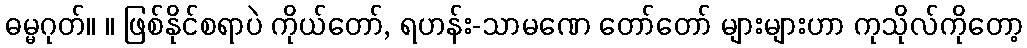
ဓမ္မဂုတ်။ ။ ဖြစ်နိုင်စရာပဲ ကိုယ်တော်, ရဟန်း-သာမဏေ တော်တော် များများဟာ ကုသိုလ်ကိုတော့